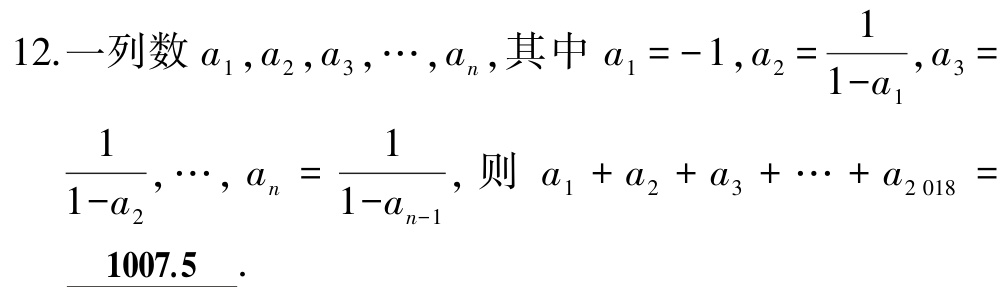
12. 一列数\(a_{1},a_{2},a_{3},\cdots,a_{n}\), 其中\(a_{1} = - 1\), \(a_{2}=\frac{1}{1 - a_{1}}\), \(a_{3}=\frac{1}{1 - a_{2}}\), \(\cdots\), \(a_{n}=\frac{1}{1 - a_{n - 1}}\), 则 \(a_{1}+a_{2}+a_{3}+\cdots+a_{2018}=\underline{1007.5}\).